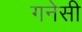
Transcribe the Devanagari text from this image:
गनेसी